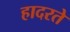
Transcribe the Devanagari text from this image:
हादरते